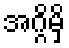
အဂ္ဂိမှိ